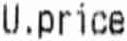
U.PRICE